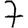
Digit: 7